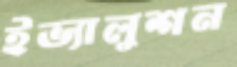
ইভ্যালুশন